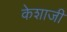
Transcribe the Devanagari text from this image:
केशाजी